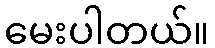
မေးပါတယ်။